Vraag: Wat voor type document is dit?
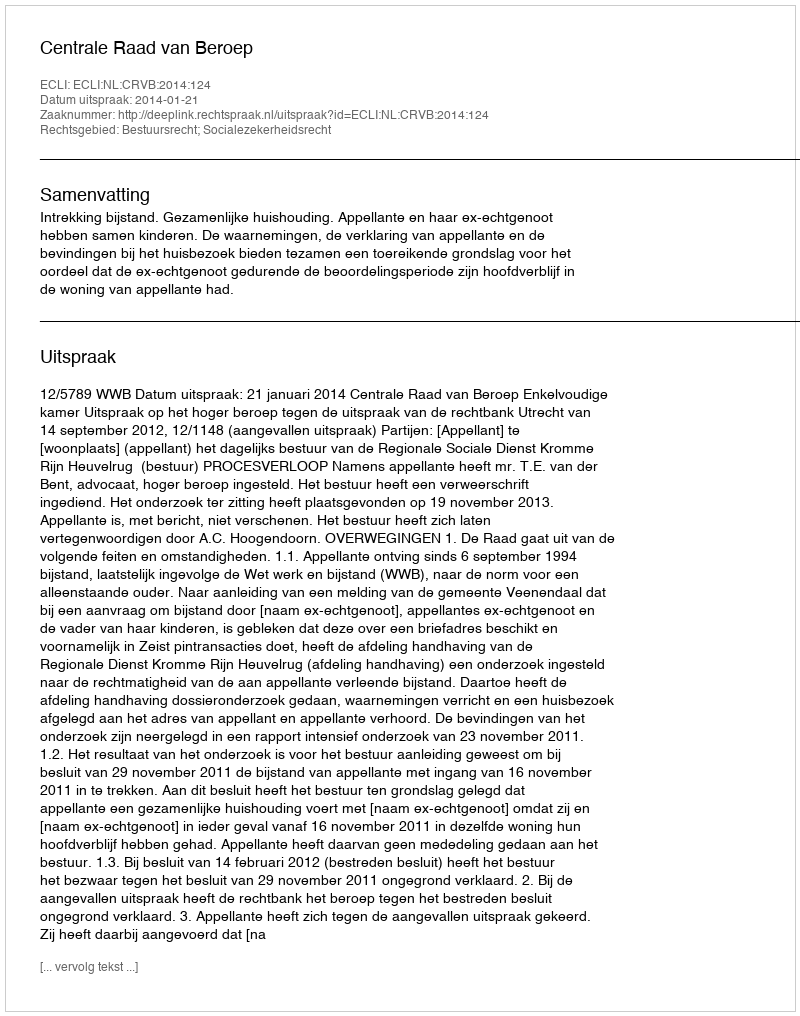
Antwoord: Uitspraak